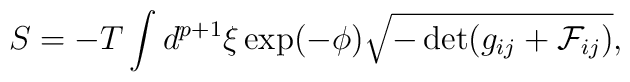
S= -T \int d^{p+1} \xi \exp(-\phi) \sqrt{-\det (g_{ij} + {\cal F}_{ij})},